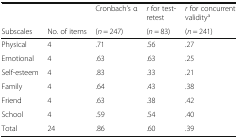
<table><thead><tr><td></td><td></td><td><b>Cronbach’s α</b></td><td><b><i>r</i> for test-retest</b></td><td><b><i>r</i> for concurrent validity<sup>a</sup></b></td></tr><tr><td><b>Subscales</b></td><td><b>No. of items</b></td><td><b>(<i>n</i> = 247)</b></td><td><b>(<i>n</i> = 83)</b></td><td><b>(<i>n</i> = 241)</b></td></tr></thead><tbody><tr><td>Physical</td><td>4</td><td>.71</td><td>.56</td><td>.27</td></tr><tr><td>Emotional</td><td>4</td><td>.63</td><td>.63</td><td>.25</td></tr><tr><td>Self-esteem</td><td>4</td><td>.83</td><td>.33</td><td>.21</td></tr><tr><td>Family</td><td>4</td><td>.64</td><td>.43</td><td>.38</td></tr><tr><td>Friend</td><td>4</td><td>.63</td><td>.38</td><td>.42</td></tr><tr><td>School</td><td>4</td><td>.59</td><td>.54</td><td>.40</td></tr><tr><td>Total</td><td>24</td><td>.86</td><td>.60</td><td>.39</td></tr></tbody></table>